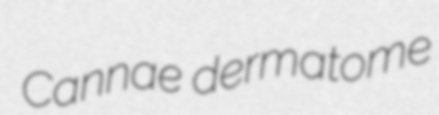
Cannae dermatome